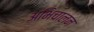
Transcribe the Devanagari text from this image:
अभिचालन